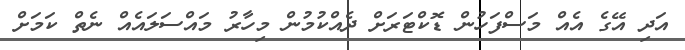
އަދި އޭގެ އެއް މަސްފަހުން ޑޮކްޓަރަށް ދެއްކުމުން މިހާރު މައްސަލައެއް ނެތް ކަމަށް